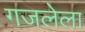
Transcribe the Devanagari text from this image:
गजलेला